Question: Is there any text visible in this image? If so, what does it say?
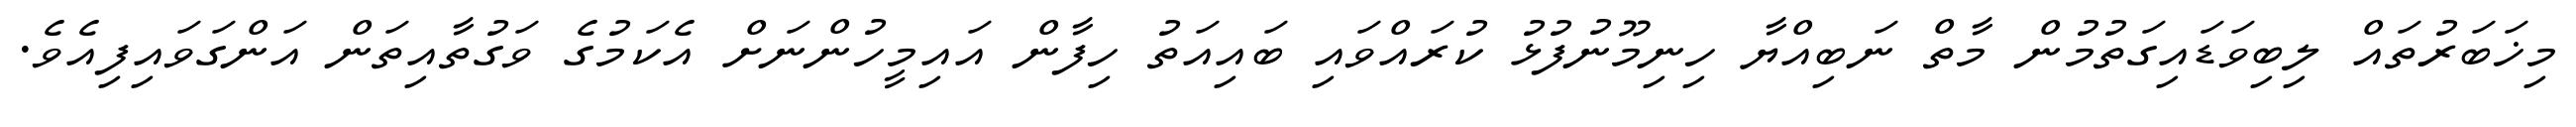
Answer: މިޚަބަރުތައް ލިބިވަޑައިގަތުމުން މާތް ނަބިއްޔާ ހިނިމޫނުފުޅު ކުރައްވައި ބައިއަތު ހިފާން އައިމީހުންނަށް އެކަމުގެ ވަގުތާއިތަން އަންގަވައިފިއެވެ.